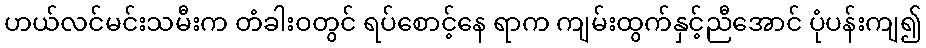
ဟယ်လင်မင်းသမီးက တံခါးဝတွင် ရပ်စောင့်နေ ရာက ကျမ်းထွက်နှင့်ညီအောင် ပုံပန်းကျ၍